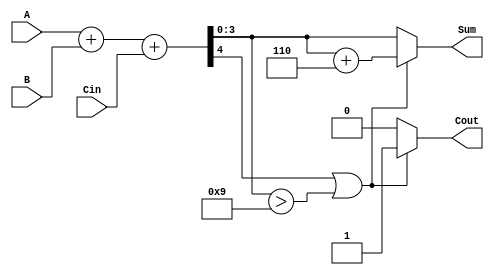
module BCD_Hybrid_Adder (
    input  wire [3:0] A,     // First BCD digit input
    input  wire [3:0] B,     // Second BCD digit input
    input  wire Cin,         // Carry input
    output reg  [3:0] Sum,   // BCD sum output
    output reg  Cout         // Carry output
);

    // Intermediate signals
    wire [4:0] S;            // 5-bit sum to accommodate carry
    wire correction_needed;   // Flag to indicate if correction is needed

    // Binary addition of A, B, and Cin
    assign S = A + B + Cin;

    // Determine if correction is needed
    assign correction_needed = (S[4] || (S[3:0] > 4'd9));

    always @(*) begin
        if (correction_needed) begin
            // Apply BCD correction by adding 6 (0110)
            Sum = S[3:0] + 4'b0110;
            Cout = 1; // Set carry out since we exceeded BCD range
        end else begin
            Sum = S[3:0]; // No correction needed
            Cout = 0;     // No carry out
        end
    end

endmodule